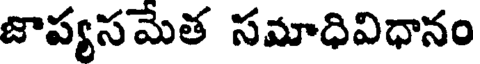
జాప్యసమేత సమాధివిధానం